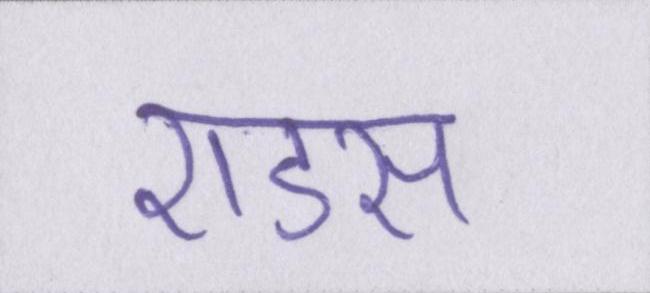
एडस